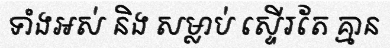
ទាំងអស់ និង សម្លាប់ ស្ទើរតែ គ្មាន